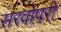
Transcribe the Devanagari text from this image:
सरवोपरी